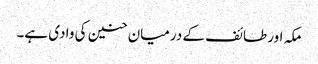
مکہ اور طائف کے درمیان حنین کی وادی ہے۔